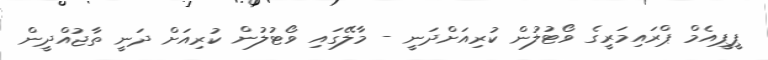
ޕީޕީއެމް ޕްރައިމަރީގެ ވޯޓުލުން ކުރިއަށްދަނީ - މާލޭގައި ވޯޓުލުން ކުރިއަށް ދަނީ ތާޖުއްދީން